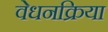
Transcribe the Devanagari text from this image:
वेधनक्रिया